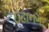
ઇટાનગર